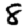
Digit: 8